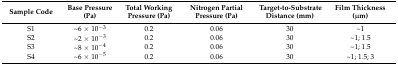
<table><thead><tr><td><b>Sample Code</b></td><td><b>Base Pressure (Pa)</b></td><td><b>Total Working Pressure (Pa)</b></td><td><b>Nitrogen Partial Pressure (Pa)</b></td><td><b>Target-to-Substrate Distance (mm)</b></td><td><b>Film Thickness (μm)</b></td></tr></thead><tbody><tr><td>S1</td><td>~6 × 10<sup>−3</sup></td><td>0.2</td><td>0.06</td><td>30</td><td>~1</td></tr><tr><td>S2</td><td>~2 × 10<sup>−3</sup></td><td>0.2</td><td>0.06</td><td>30</td><td>~1; 1.5</td></tr><tr><td>S3</td><td>~8 × 10<sup>−4</sup></td><td>0.2</td><td>0.06</td><td>30</td><td>~1; 1.5</td></tr><tr><td>S4</td><td>~6 × 10<sup>−5</sup></td><td>0.2</td><td>0.06</td><td>30</td><td>~1; 1.5; 3</td></tr></tbody></table>